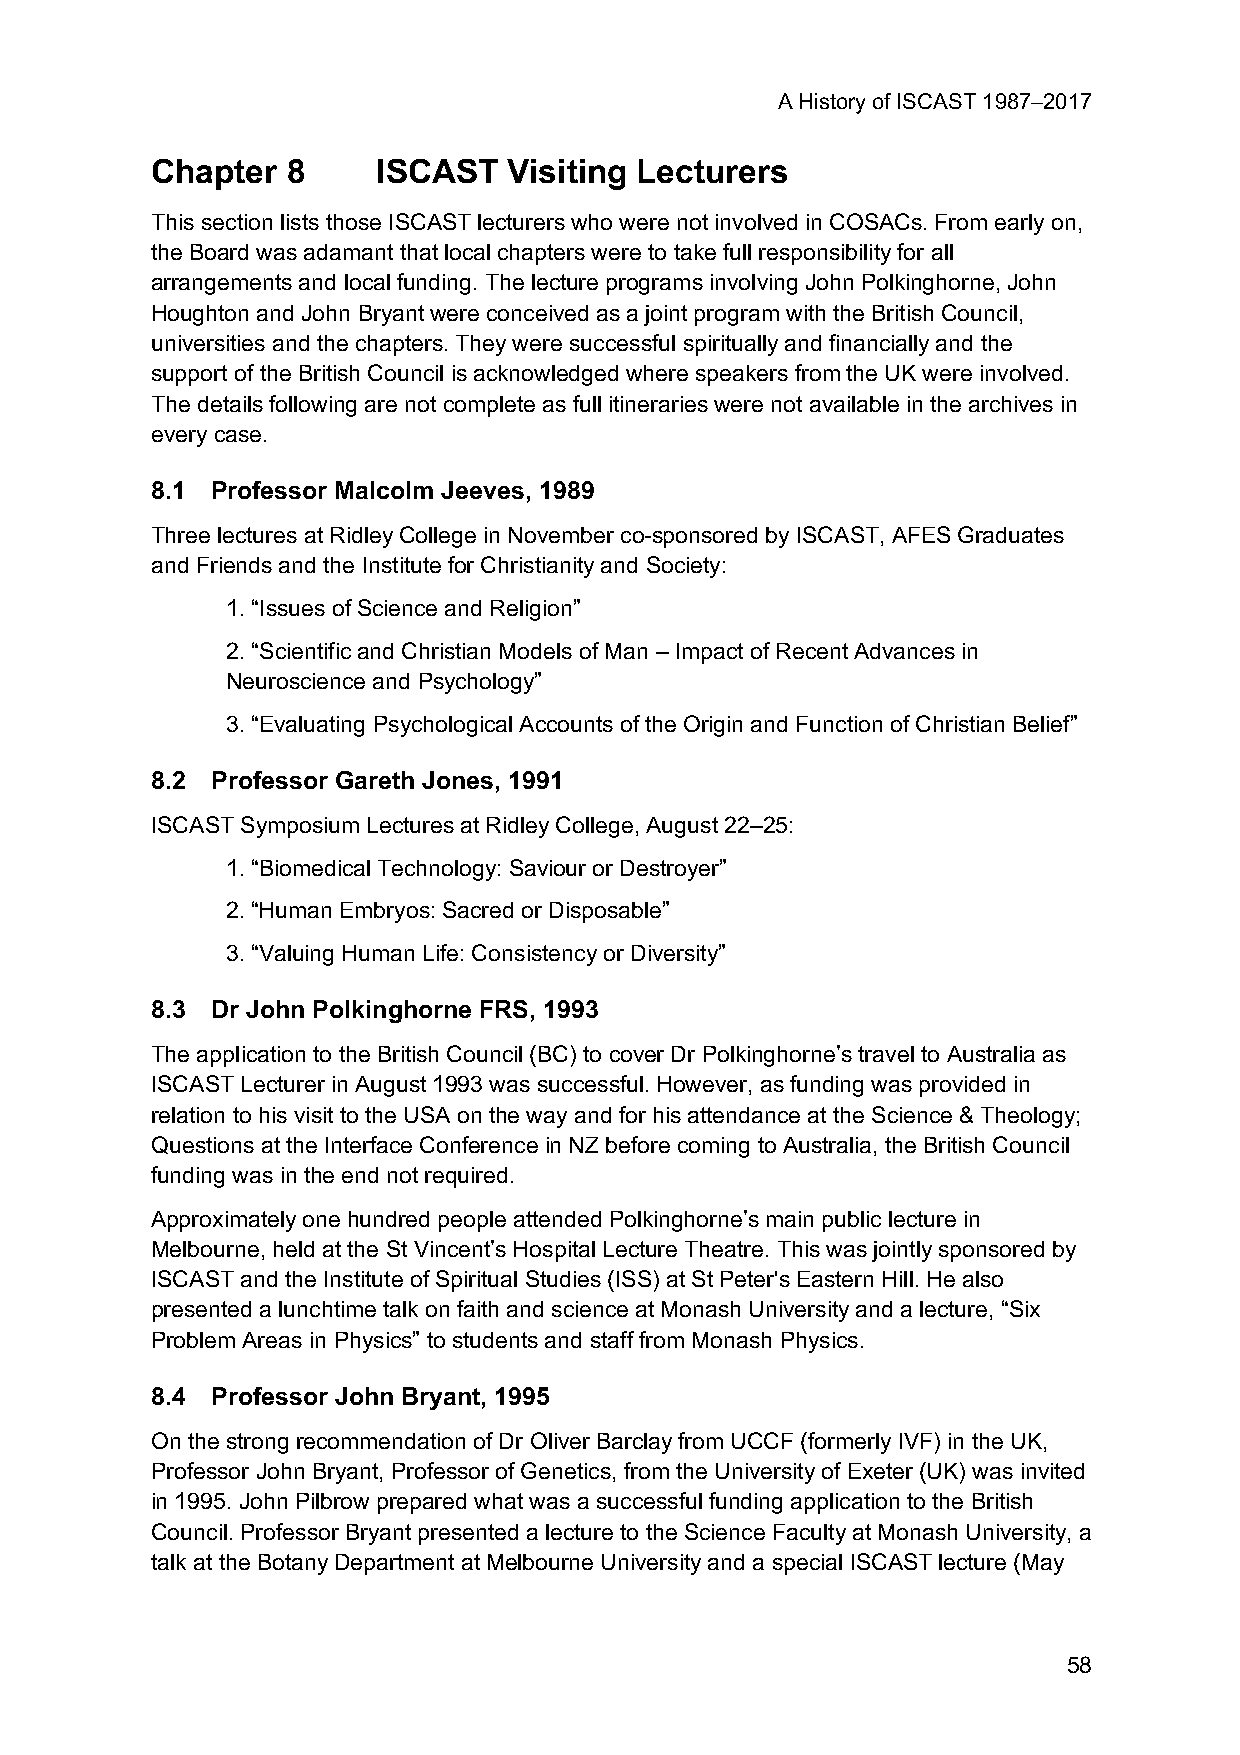
A History of ISCAST 1987–2017
 Chapter  8     ISCAST   Visiting Lecturers
 This section lists those ISCAST lecturers who were not involved in COSACs. From early on,
 the Board was adamant that local chapters were to take full responsibility for all
 arrangements and local funding. The lecture programs involving John Polkinghorne, John
 Houghton and John Bryant were conceived as a joint program with the British Council,
 universities and the chapters. They were successful spiritually and financially and the
 support of the British Council is acknowledged where speakers from the UK were involved.
 The details following are not complete as full itineraries were not available in the archives in
 every case.
 8.1 Professor Malcolm Jeeves, 1989
 Three lectures at Ridley College in November co-sponsored by ISCAST, AFES Graduates
 and Friends and the Institute for Christianity and Society:
 1. “Issues of Science and Religion”
 2. “Scientific and Christian Models of Man – Impact of Recent Advances in
 Neuroscience and Psychology”
 3. “Evaluating Psychological Accounts of the Origin and Function of Christian Belief”
 8.2 Professor Gareth Jones, 1991
 ISCAST Symposium Lectures at Ridley College, August 22–25:
 1. “Biomedical Technology: Saviour or Destroyer”
 2. “Human Embryos: Sacred or Disposable”
 3. “Valuing Human Life: Consistency or Diversity”
 8.3 Dr John Polkinghorne FRS, 1993
 The application to the British Council (BC) to cover Dr Polkinghorne’s travel to Australia as
 ISCAST Lecturer in August 1993 was successful. However, as funding was provided in
 relation to his visit to the USA on the way and for his attendance at the Science & Theology;
 Questions at the Interface Conference in NZ before coming to Australia, the British Council
 funding was in the end not required.
 Approximately one hundred people attended Polkinghorne’s main public lecture in
 Melbourne, held at the St Vincent’s Hospital Lecture Theatre. This was jointly sponsored by
 ISCAST and the Institute of Spiritual Studies (ISS) at St Peter's Eastern Hill. He also
 presented a lunchtime talk on faith and science at Monash University and a lecture, “Six
 Problem Areas in Physics” to students and staff from Monash Physics.
 8.4 Professor John Bryant, 1995
 On the strong recommendation of Dr Oliver Barclay from UCCF (formerly IVF) in the UK,
 Professor John Bryant, Professor of Genetics, from the University of Exeter (UK) was invited
 in 1995. John Pilbrow prepared what was a successful funding application to the British
 Council. Professor Bryant presented a lecture to the Science Faculty at Monash University, a
 talk at the Botany Department at Melbourne University and a special ISCAST lecture (May
 58